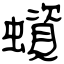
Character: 蠀